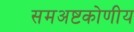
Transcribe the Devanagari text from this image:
समअष्टकोणीय